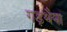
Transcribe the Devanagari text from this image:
गड़थैया